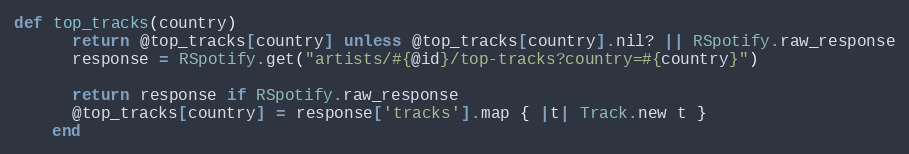
Language: Ruby
def top_tracks(country)
      return @top_tracks[country] unless @top_tracks[country].nil? || RSpotify.raw_response
      response = RSpotify.get("artists/#{@id}/top-tracks?country=#{country}")

      return response if RSpotify.raw_response
      @top_tracks[country] = response['tracks'].map { |t| Track.new t }
    end